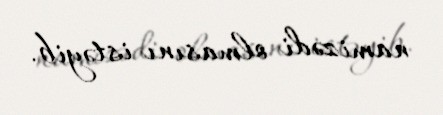
namizədi olmasını istəyib.